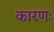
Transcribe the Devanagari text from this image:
कारणः